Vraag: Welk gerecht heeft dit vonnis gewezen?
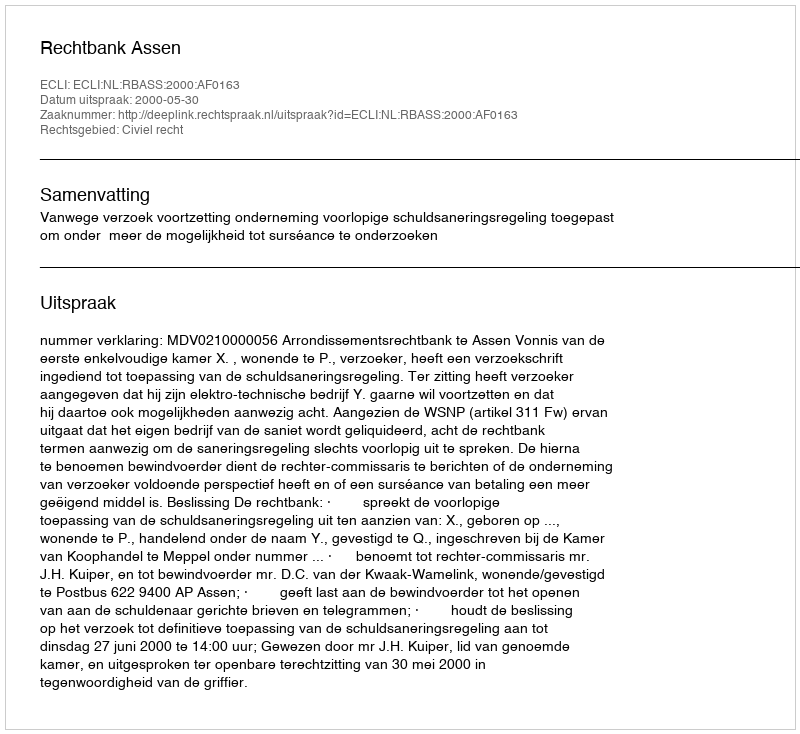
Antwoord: Rechtbank Assen